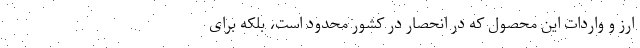
ارز و واردات این محصول که در انحصار در کشور محدود است، بلکه برای